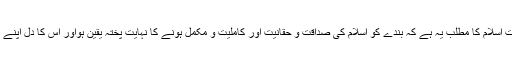
(صحیح مسلم)حدیث میں مذکورحقیقتِ اسلام کا مطلب یہ ہے کہ بندے کو اسلام کی صداقت و حقانیت اور کاملیت و مکمل ہونے کا نہایت پختہ یقین ہواور اس کا دل اپنے ایمان ویقین سے حددرجہ مطمئن ہو۔